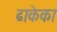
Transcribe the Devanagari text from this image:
ढाकेका